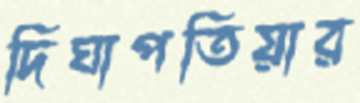
দিঘাপতিয়ার